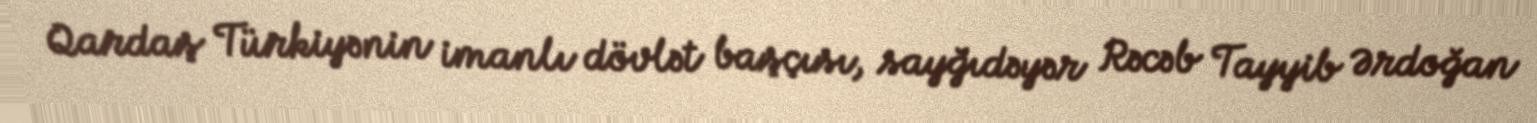
Qardaş Türkiyənin imanlı dövlət başçısı, sayğıdəyər Rəcəb Tayyib Ərdoğan